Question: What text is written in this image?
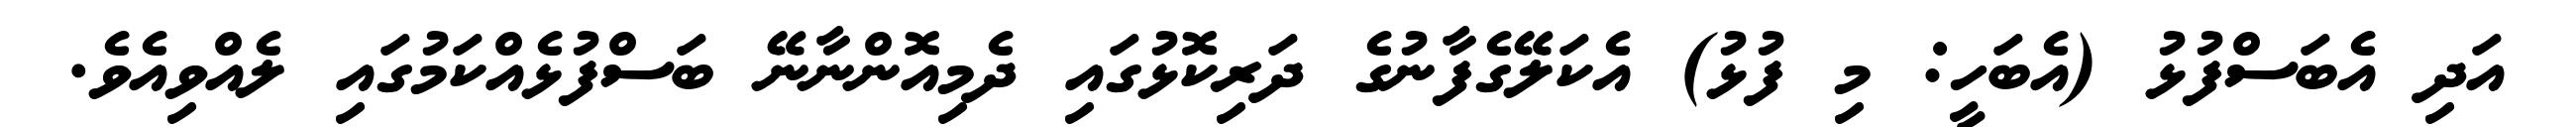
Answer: އަދި އެބަސްފުޅު (އެބަހީ: މި ފުޅު) އެކަލޭގެފާނުގެ ދަރިކޮޅުގައި ދެމިއޮންނާނޭ ބަސްފުޅެއްކަމުގައި ލެއްވިއެވެ.